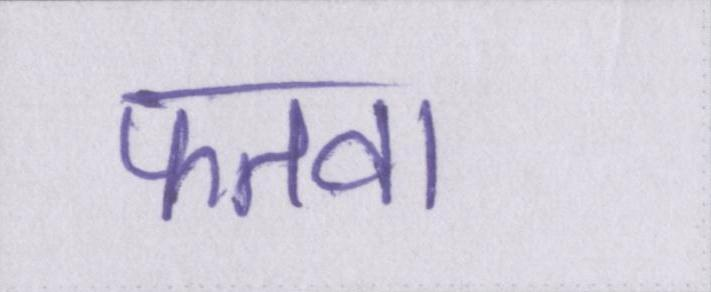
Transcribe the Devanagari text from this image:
फतवा